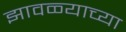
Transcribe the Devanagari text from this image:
झावळ्याच्या